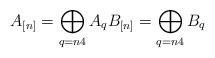
LaTeX: \begin{align*}A_{[n]} = \bigoplus_{q = n 4}A_qB_{[n]} = \bigoplus_{q = n 4}B_q\end{align*}